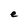
Character: e